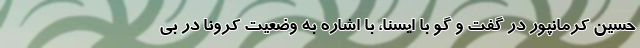
حسین کرمانپور در گفت و گو با ایسنا، با اشاره به وضعیت کرونا در بی